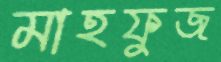
মাহফুজ